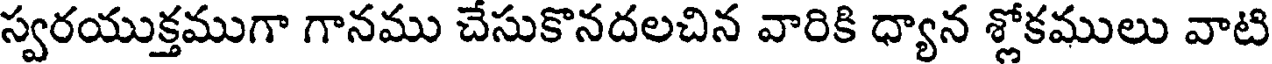
స్వరయుక్తముగా గానము చేసుకొనదలచిన వారికి ధ్యాన శ్లోకములు వాటి